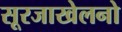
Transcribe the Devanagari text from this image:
सूरजाखेलनो